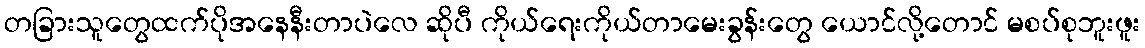
တခြားသူတွေထက်ပိုအနေနီးတာပဲလေ ဆိုပီ ကိုယ်ရေးကိုယ်တာမေးခွန်းတွေ ယောင်လို့တောင် မစပ်စုဘူးဖူး